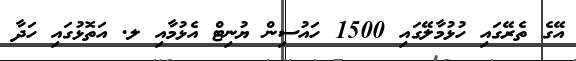
އޭގެ ތެރޭގައި ހުޅުމާލޭގައި 1500 ހައުސިން ޔުނިޓް އެޅުމާއި ލ. އަތޮޅުގައި ހަދާ